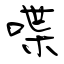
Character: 喋